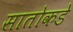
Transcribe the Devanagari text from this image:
सातोकडे